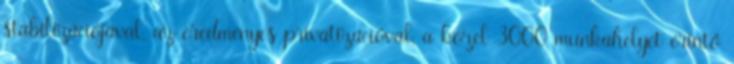
stabilizációjával, az eredményes privatizációval, a közel 3000 munkahelyet érintô